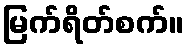
မြက်ရိတ်စက်။